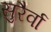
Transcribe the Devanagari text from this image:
सुरैर्वा